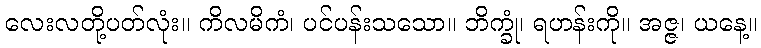
လေးလတို့ပတ်လုံး။ ကိလမိကံ၊ ပင်ပန်းသသော။ ဘိက္ခုံ၊ ရဟန်းကို။ အဇ္ဇ၊ ယနေ့။